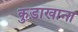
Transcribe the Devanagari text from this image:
कुड़ाखाना